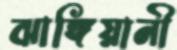
ঝাঙ্গিয়ানী